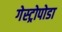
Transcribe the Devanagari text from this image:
गेस्ट्रोपोडा